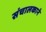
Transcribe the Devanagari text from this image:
संचालकाने